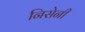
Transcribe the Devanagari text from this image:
निसेनी